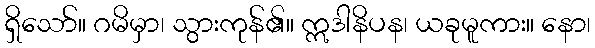
ရှိသော်။ ဂမိမှာ၊ သွားကုန်၏။ ဣဒါနိပန၊ ယခုမူကား။ နော၊